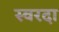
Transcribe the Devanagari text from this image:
स्वरदा